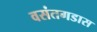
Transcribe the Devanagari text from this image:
वसंतगडास